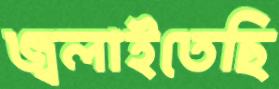
জ্বলাইতেছি